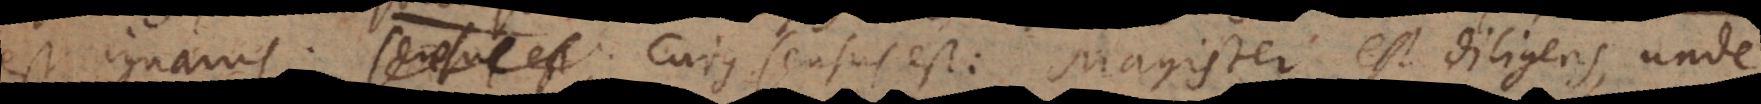
est ignarus. Cujus sensus est: Magister est diligens, unde